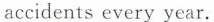
accidents every year.